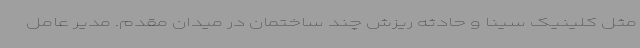
مثل کلینیک سینا و حادثه ریزش چند ساختمان در میدان مقدم. مدیر عامل